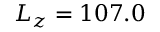
L _ { z } = 1 0 7 . 0